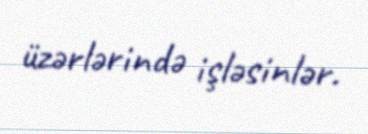
üzərlərində işləsinlər.